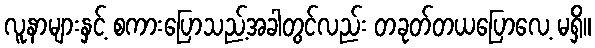
လူနာများနှင့် စကားပြောသည့်အခါတွင်လည်း တခုတ်တယပြောလေ့ မရှိ။